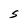
Character: S